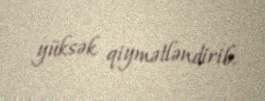
yüksək qiymətləndirib.